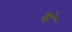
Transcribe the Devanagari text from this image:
थ॓